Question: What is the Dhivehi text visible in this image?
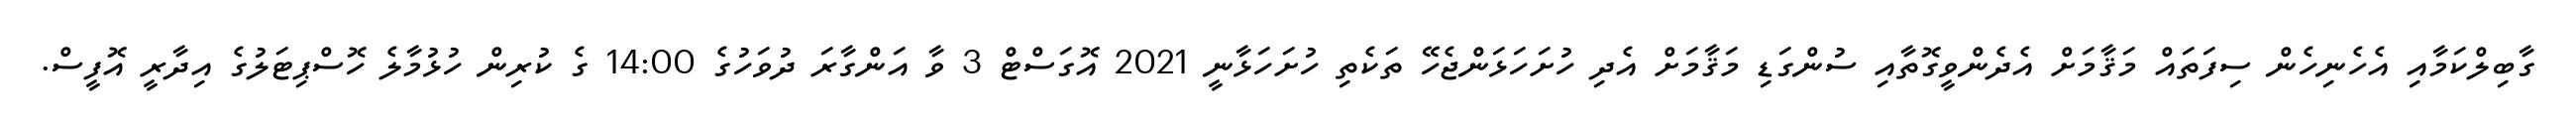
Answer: ގާބިލްކަމާއި އެހެނިހެން ސިފަތައް މަޤާމަށް އެދެންވީގޮތާއި ސުންގަޑި މަޤާމަށް އެދި ހުށަހަޅަންޖެހޭ ތަކެތި ހުށަހަޅާނީ 2021 އޮގަސްޓް 3 ވާ އަންގާރަ ދުވަހުގެ 14:00 ގެ ކުރިން ހުޅުމާލެ ހޮސްޕިޓަލުގެ އިދާރީ އޮފީސް.